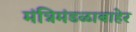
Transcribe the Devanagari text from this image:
मंत्रिमंडळाबाहेर